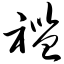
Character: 褴